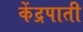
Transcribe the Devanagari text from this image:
केंद्रपाती